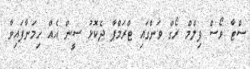
ސްޓާ ވޯސް ފިލްމް ރޯގް ވަންގައި ޓްރަމްޕާ ދެކޮޅު ސީން އެއް ހިމަނާފައިވާ